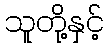
သူတို့နှင့်